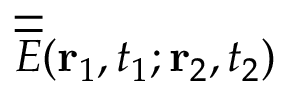
\overline { { \overline { { E } } } } ( { \bf r } _ { 1 } , t _ { 1 } ; { \bf r } _ { 2 } , t _ { 2 } )